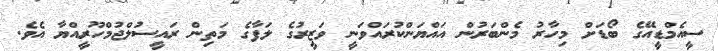
ސީއެމްޑީއޭގެ ބޯޑަށް މިހާރު މެންބަރުން އައްޔަންކުރައްވަނީ ވަޒީރުގެ ލަފާގެ މަތިން ރައީސުލްޖުމްހޫރީއްޔާ އެވެ.